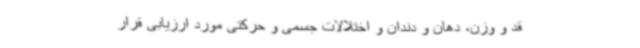
قد و وزن، دهان و دندان و اختلالات جسمی و حرکتی مورد ارزیابی قرار